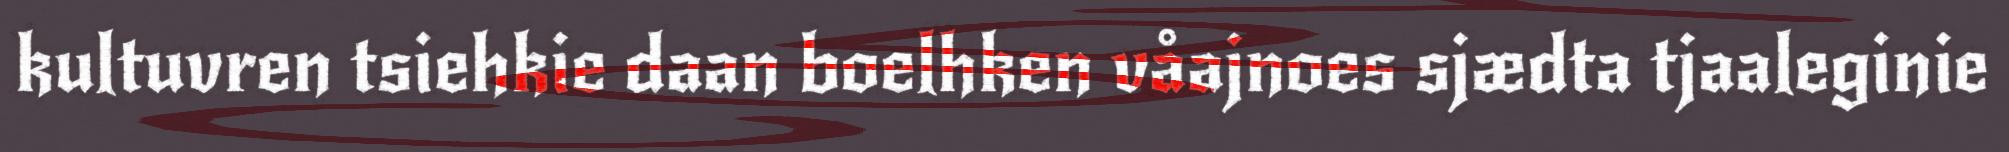
kultuvren tsiehkie daan boelhken våajnoes sjædta tjaaleginie